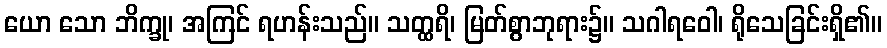
ယော သော ဘိက္ခု၊ အကြင် ရဟန်းသည်။ သတ္ထရိ၊ မြတ်စွာဘုရား၌။ သဂါရဝေါ၊ ရိုသေခြင်းရှိ၏။